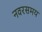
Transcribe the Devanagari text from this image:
नवरसमय